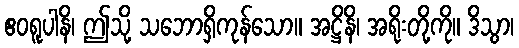
ဧဝရူပါနိ၊ ဤသို့ သဘောရှိကုန်သော။ အဋ္ဌိနိ၊ အရိုးတို့ကို။ ဒိသွာ၊